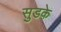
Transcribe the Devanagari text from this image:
सुडके